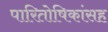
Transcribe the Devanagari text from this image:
पारितोषिकांसह